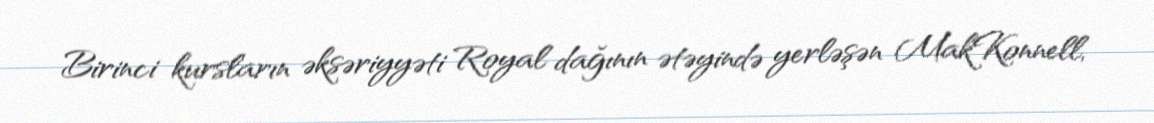
Birinci kursların əksəriyyəti Royal dağının ətəyində yerləşən MakKonnell,